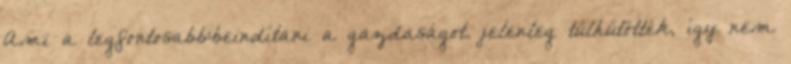
Ami a legfontosabb:beindítani a gazdaságot. jelenleg túlhűtötték, így nem